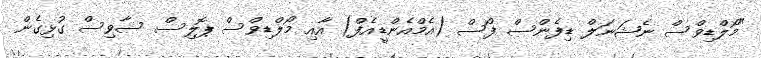
"މޯލްޑިވްސް ނެޝަނަލް ޑިފެންސް ފޯސް (އެމްއެންޑީއެފް) އާއި މޯލްޑިވްސް ޕޮލިސް ސާވިސް ގުޅިގެން